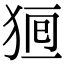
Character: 𤞸